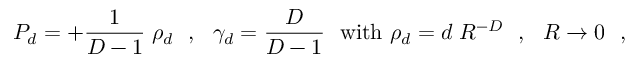
P _ { d } = + { \frac { 1 } { D - 1 } } \; \rho _ { d } ~ ~ , ~ ~ \gamma _ { d } = { \frac { D } { D - 1 } } ~ ~ \mathrm { w i t h ~ } \rho _ { d } = d \; R ^ { - D } ~ ~ , ~ ~ R \to 0 ~ ~ ,